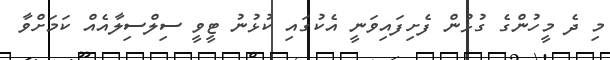
މި ދެ މީހުންގެ ގުޅުން ފެށިފައިވަނީ އެކުގައި ކުޅުނު ޓީވީ ސިލްސިލާއެއް ކަމަށްވާ